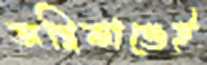
অগ্নিকাণ্ডেই